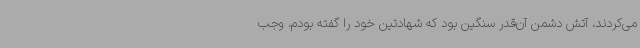
می‌کردند، آتش دشمن آن‌قدر سنگین بود که شهادتین خود را گفته بودم، وجب